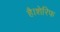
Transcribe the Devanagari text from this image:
है।शेरिफ